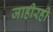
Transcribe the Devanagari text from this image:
जाहीरही